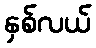
နှစ်လယ်